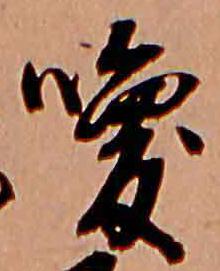
喚